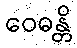
ဝေဓန္တိ